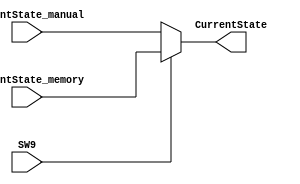
module output_mux(
 
    input           [2:0]       CurrentState_memory,
    input           [2:0]       CurrentState_manual,
    input                       SW9,
    output   reg    [2:0]       CurrentState
    
);

always @(CurrentState_memory, CurrentState_manual, SW9)
  begin
    if(SW9)
        begin
            CurrentState = CurrentState_memory;
        end
    else
        begin
            CurrentState = CurrentState_manual;
        end
  end

endmodule